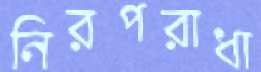
নিরপরাধা